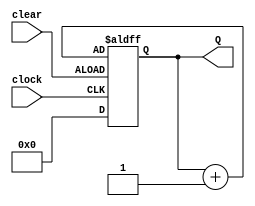
// 
// 

module counter(Q, clock, clear);

    output[3:0] Q;
    input clock, clear;
    
    reg[3:0] Q;

    always @(posedge clock or negedge clear) begin
        if (clear)
            Q <= 4'b0000;
        else
            Q <= Q + 1;
    end

endmodule